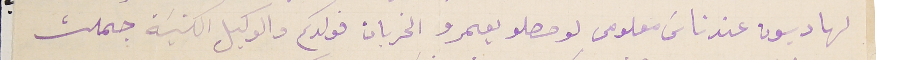
لها ديون عند ناسَ معلومى لو حصلو يعمرو الخربان فولدكم والوكيل الكنيسَة جملت